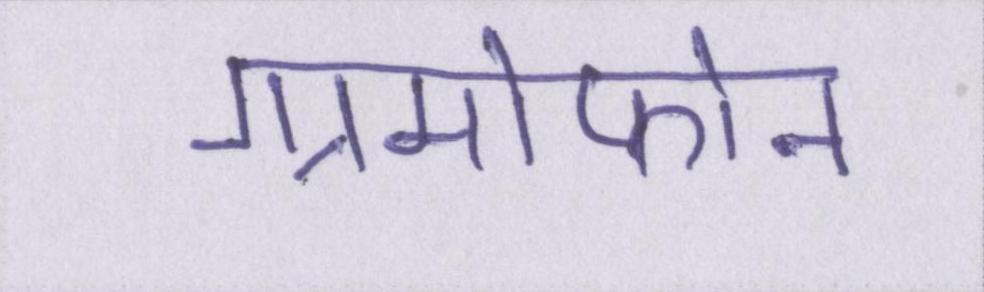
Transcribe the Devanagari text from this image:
ग्रामोफोन